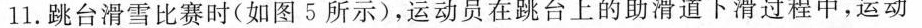
11.跳台滑雪比赛时(如图5所示)，运动员在跳台上的助滑道下滑过程中，运动